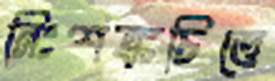
নিঃশঙ্কচিত্তে